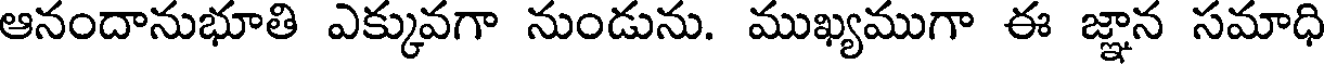
ఆనందానుభూతి ఎక్కువగా నుండును. ముఖ్యముగా ఈ జ్ఞాన సమాధి